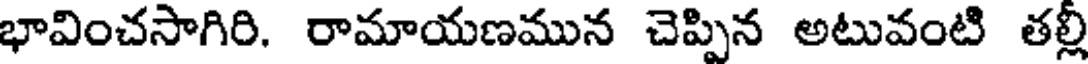
భావించసాగిరి. రామాయణమున చెప్పిన అటువంటి తల్లీ